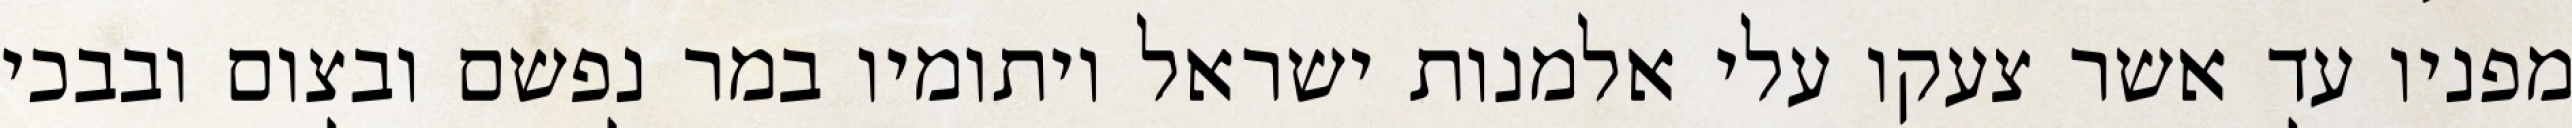
מפניו עד אשר צעקו עלי אלמנות ישראל ויתומיו במר נפשם ובצום ובבכי